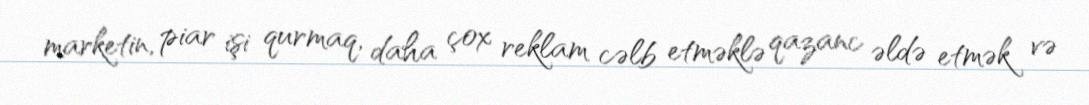
marketin, piar işi qurmaq, daha çox reklam cəlb etməklə qazanc əldə etmək və